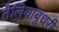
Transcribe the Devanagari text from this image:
तेलियाबुधरी